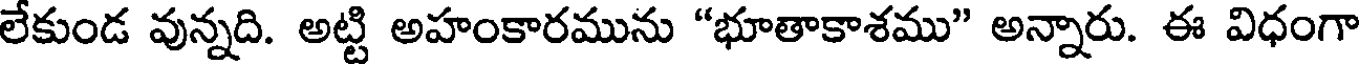
లేకుండ వున్నది. అట్టి అహంకారమును "భూతాకాశము" అన్నారు. ఈ విధంగా